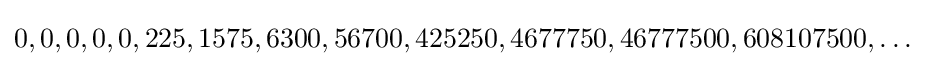
0,0,0,0,0,225,1575,6300,56700,425250,4677750,46777500,608107500,\ldots